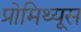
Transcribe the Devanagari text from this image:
प्रोमिथ्यूस